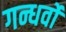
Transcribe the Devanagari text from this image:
गन्धर्वो